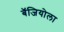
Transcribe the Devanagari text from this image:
बॅजियोला